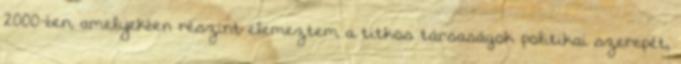
2000-ben, a­me­lyekben részint elemeztem a titkos társaságok politikai szere­pét,